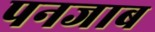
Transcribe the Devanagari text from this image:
पनजाब